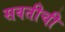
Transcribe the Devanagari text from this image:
सवतीची